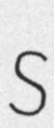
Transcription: S